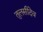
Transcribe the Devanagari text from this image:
तुलसीदेव